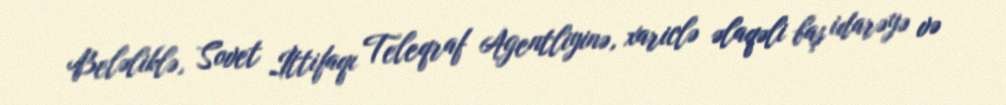
Beləliklə, Sovet İttifaqı Teleqraf Agentliyinə, xariclə əlaqəli baş idarəyə və